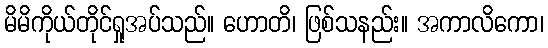
မိမိကိုယ်တိုင်ရှုအပ်သည်။ ဟောတိ၊ ဖြစ်သနည်း။ အကာလိကော၊